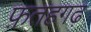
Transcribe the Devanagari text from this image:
फ़तहगढ़